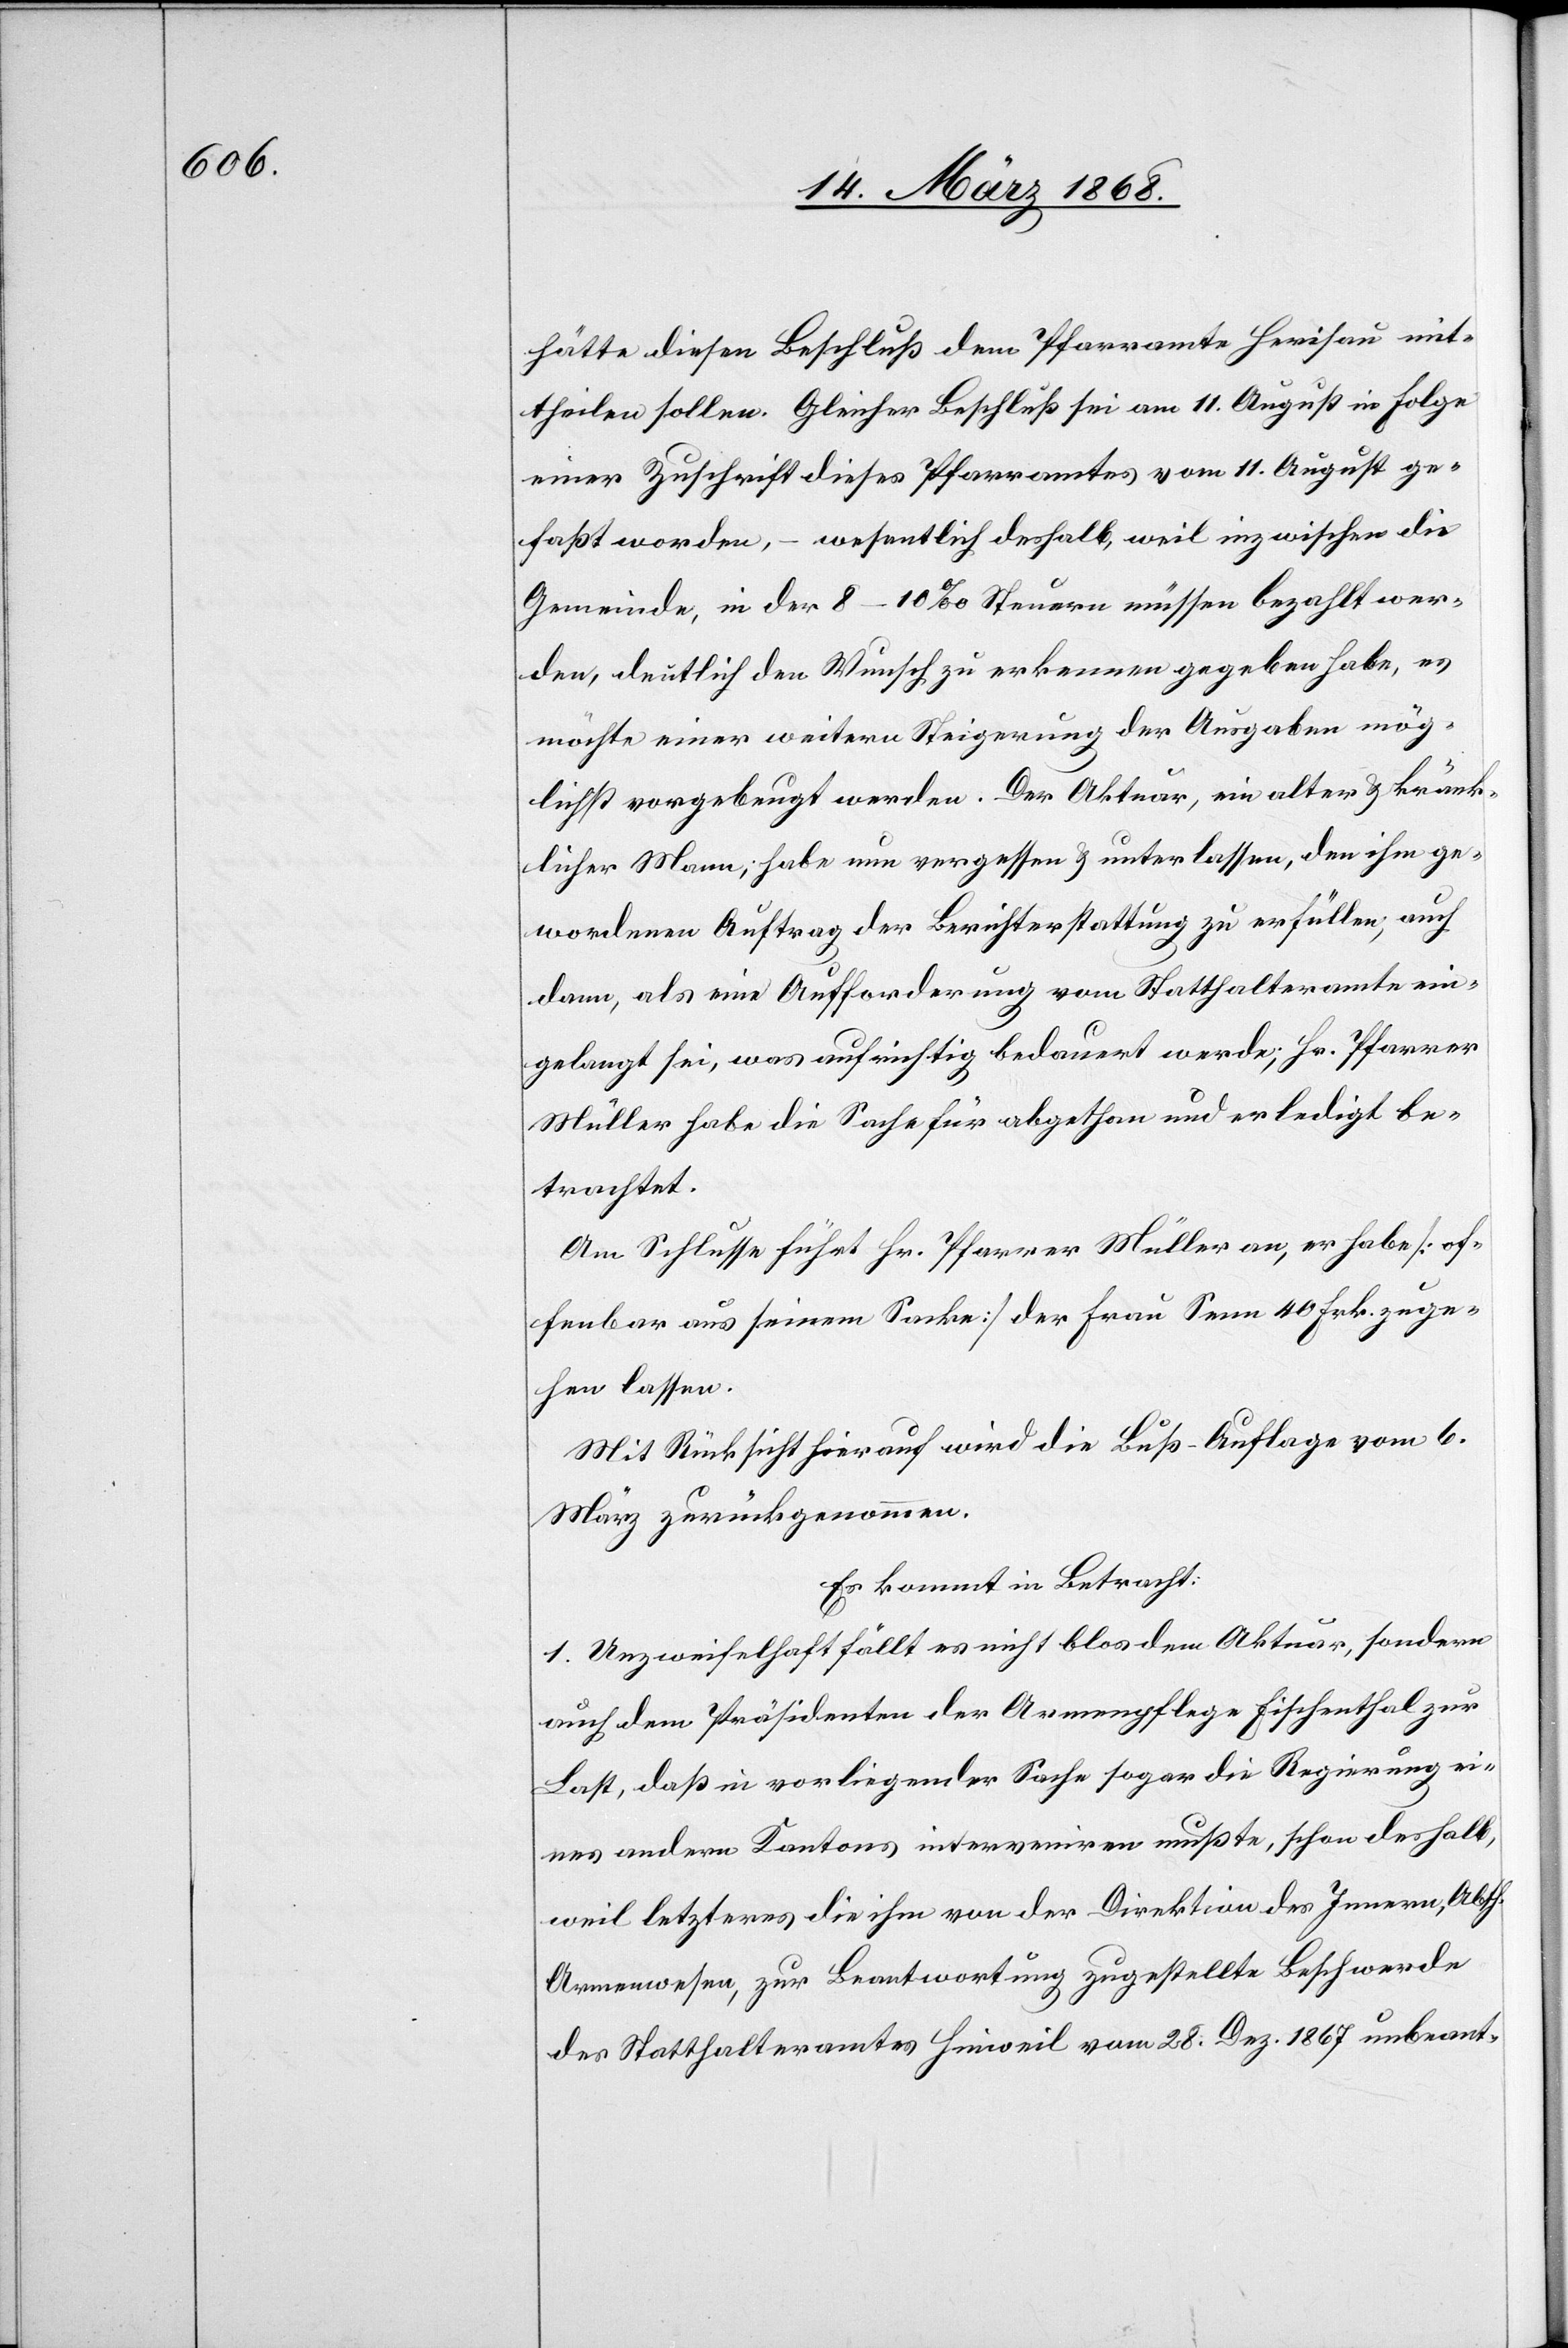
hätte diesen Beschluß dem Pfarramte Herisau mit¬
theilen sollen. Gleicher Beschluß sei am 11. August ge¬
faßt worden, – wesentlich deshalb, weil inzwischen die
Gemeinde, in der 8–10‰ Steuern müssen bezahlt wer¬
den, deutlich den Wunsch zu erkennen gegeben habe, es
möchte einer weitern Steigerung der Ausgaben mög¬
lichst vorgebeugt werden. Der Aktuar, ein alter & kränk¬
licher Mann, habe nun vergessen & unterlassen, den ihm ge¬
wordenen Auftrag der Berichterstattung zu erfüllen, auch
dann, als eine Aufforderung vom Statthalteramte ein¬
gelangt sei, was aufrichtig bedauert werde; Hr. Pfarrer
Müller habe die Sache für abgethan und erledigt be¬
trachtet.
Am Schlusse führt Hr. Pfarrer Müller an, er habe [of¬
fenbar aus seinem Sacke] der Frau Senn 40 Frk. zuge¬
hen lassen.
Mit Rücksicht hierauf wird die Buß-Auflage vom 6.
März zurückgenommen.
Es kommt in Betracht:
1. Unzweifelhaft fällt es nicht blos dem Aktuar, sondern
auch dem Präsidenten der Armenpflege Fischenthal zur
Last, daß in vorliegender Sache sogar die Regierung ei¬
nes andern Kantons interveniren mußte, schon deshalb,
[recte: letzterer] die ihm von der Direktion des Innern, Abth.
Armenwesen, zur Beantwortung zugestellte Beschwerde
des Statthalteramtes Hinweil vom 28. Dez. 1867 unbeant-